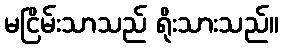
မငြိမ်းသာသည် ရိုးသားသည်။